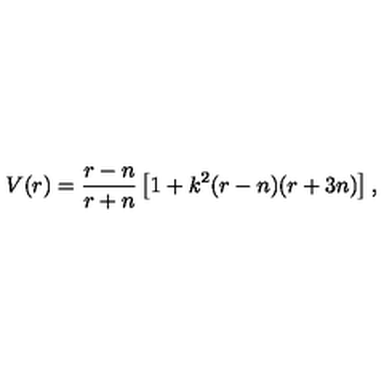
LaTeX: V ( r ) = \frac { r - n } { r + n } \left[ 1 + k ^ { 2 } ( r - n ) ( r + 3 n ) \right] ,